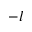
- l